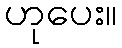
ဟုပေး။